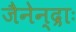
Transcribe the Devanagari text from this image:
जैनेन्द्राः